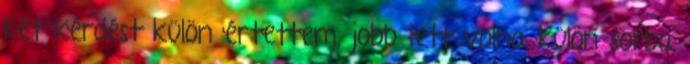
két kérdést külön értettem, jobb lett volna külön sorba